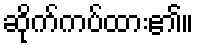
ဆိုက်ကပ်ထား၏။